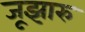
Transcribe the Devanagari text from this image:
जूझारु